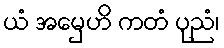
ယံ အမှေဟိ ကတံ ပုညံ၊